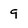
Character: 9